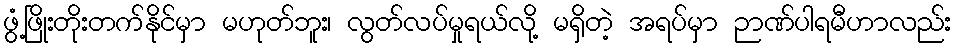
ဖွံ့ဖြိုးတိုးတက်နိုင်မှာ မဟုတ်ဘူး၊ လွတ်လပ်မှုရယ်လို့ မရှိတဲ့ အရပ်မှာ ဉာဏ်ပါရမီဟာလည်း